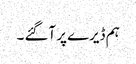
ہم ڈیرے پر آگئے ۔